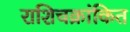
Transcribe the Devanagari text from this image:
राशिचक्रांकित